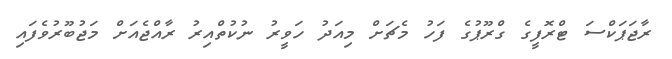
ރާޖަޕަކްސަ ޓްރޮފީގެ ގްރޫޕުގެ ފަހު މެޗަށް މިއަދު ހަވީރު ނުކުތްއިރު ރާއްޖެއަށް މަޖުބޫރުވެފައި